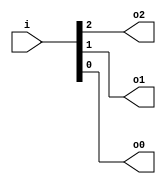
module v9a2795_v9a2a06 (
 input [2:0] i,
 output o2,
 output o1,
 output o0
);
 assign o2 = i[2];
 assign o1 = i[1];
 assign o0 = i[0];
endmodule